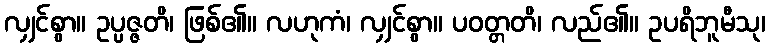
လျှင်စွာ။ ဥပ္ပဇ္ဇတိ၊ ဖြစ်၏။ လဟုကံ၊ လျှင်စွာ။ ပဝတ္တတိ၊ လည်၏။ ဥပရိဘူမီသု၊